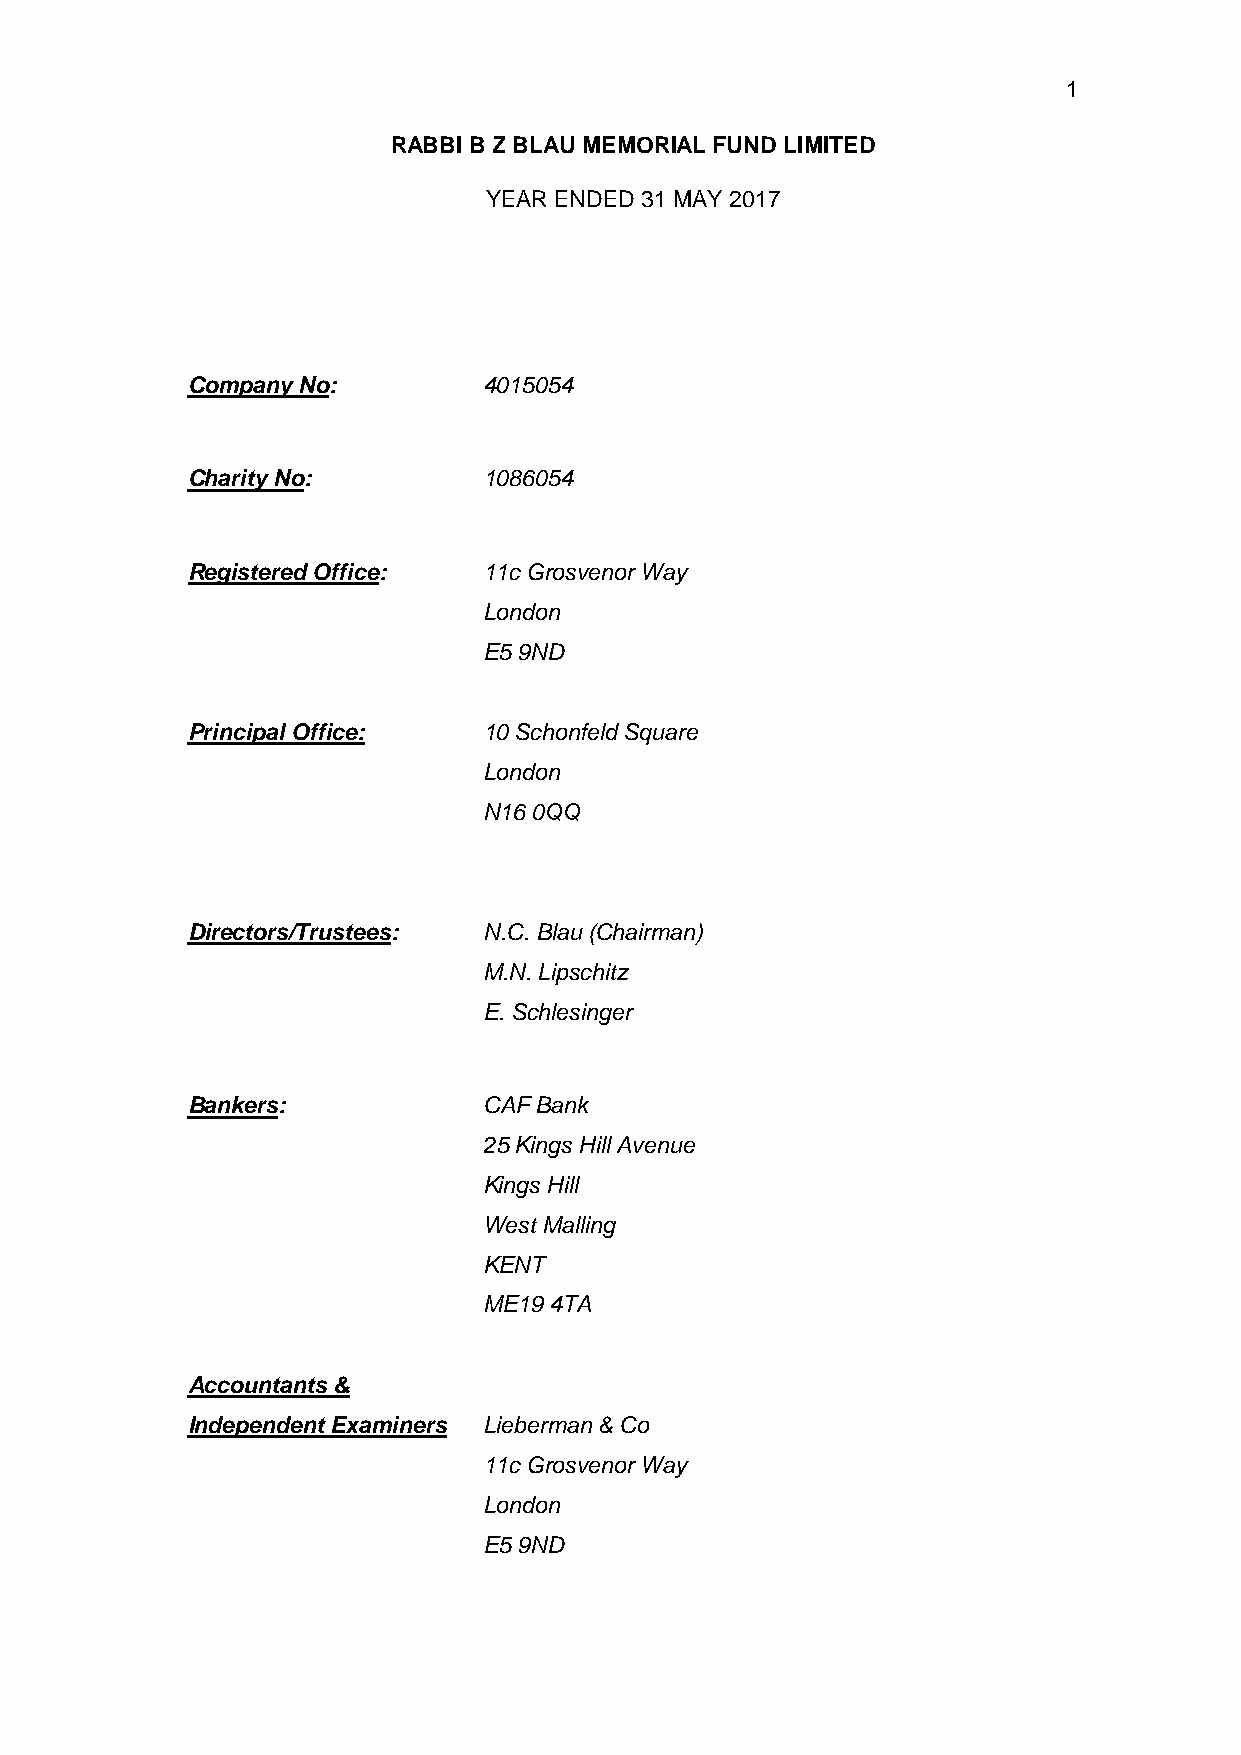
1
 RABBI B Z BLAU MEMORIAL FUND LIMITED
 YEAR ENDED 31 MAY 2017
 Company No:         4015054
 Charity No:         1086054
 Registered Office:  11c Grosvenor Way
 London
 E5 9ND
 Principal Office:   10 Schonfeld Square
 London
 N16 0QQ
 Directors/Trustees: N.C. Blau (Chairman)
 M.N. Lipschitz
 E. Schlesinger
 Bankers:            CAF Bank
 25 Kings Hill Avenue
 Kings Hill
 West Malling
 KENT
 ME19 4TA
 Accountants &
 Independent Examiners Lieberman & Co
 11c Grosvenor Way
 London
 E5 9ND